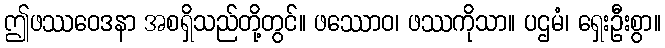
ဤဖဿဝေဒနာ အစရှိသည်တို့တွင်။ ဖဿောဝ၊ ဖဿကိုသာ။ ပဌမံ၊ ရှေးဦးစွာ။